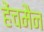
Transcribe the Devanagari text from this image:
हेंचमैन